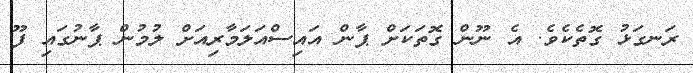
ރަނގަޅު ގޮތެކެވެ. އެ ނޫން ގޮތަކަށް ޕާން އައިސްއަލަމާރިއަށް ލުމުން ޕާނުގައި ފޫ